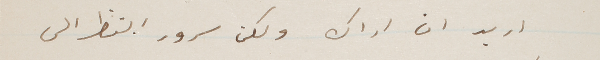
اريد ان اراك ولكن سرور النظر الى